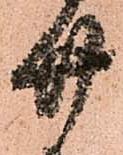
廿